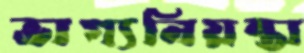
ভাগ্যনিয়ন্তা